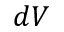
d V